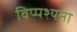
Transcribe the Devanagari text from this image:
विप्पश्यना